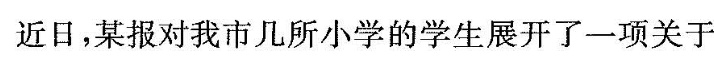
近日，某报对我市几所小学的学生展开了一项关于